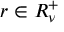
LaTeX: r \in R _ { \nu } ^ { + }